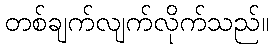
တစ်ချက်လျက်လိုက်သည်။